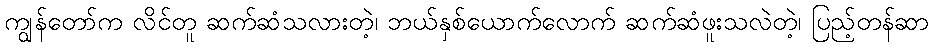
ကျွန်တော်က လိင်တူ ဆက်ဆံသလားတဲ့၊ ဘယ်နှစ်ယောက်လောက် ဆက်ဆံဖူးသလဲတဲ့၊ ပြည့်တန်ဆာ